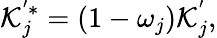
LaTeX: \mathcal{K}_{j}^{'*}=\left(1-\omega_{j}\right)\mathcal{K}_{j}^{'},